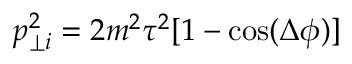
p _ { \perp i } ^ { 2 } = 2 m ^ { 2 } \tau ^ { 2 } [ 1 - \cos ( \Delta \phi ) ]